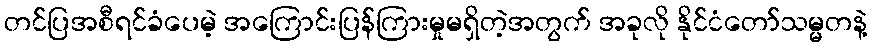
တင်ပြအစီရင်ခံပေမဲ့ အကြောင်းပြန်ကြားမှုမရှိတဲ့အတွက် အခုလို နိုင်ငံတော်သမ္မတနဲ့